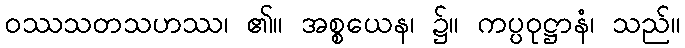
ဝဿသတသဟဿ၊ ၏။ အစ္စယေန၊ ၌။ ကပ္ပဝုဋ္ဌာနံ၊ သည်။